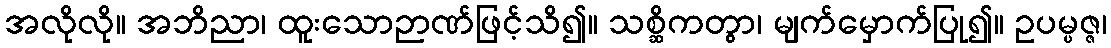
အလိုလို။ အဘိညာ၊ ထူးသောဉာဏ်ဖြင့်သိ၍။ သစ္ဆိကတွာ၊ မျက်မှောက်ပြု၍။ ဥပမ္ပဇ္ဇ၊